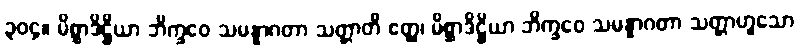
၃၀၄။ မိစ္ဆာဒိဋ္ဌိယာ ဘိက္ခဝေ သမန္နာဂတာ သတ္တာတိ ဧတ္ထ၊ မိစ္ဆာဒိဋ္ဌိယာ ဘိက္ခဝေ သမန္နာဂတာ သတ္တာဟူသော